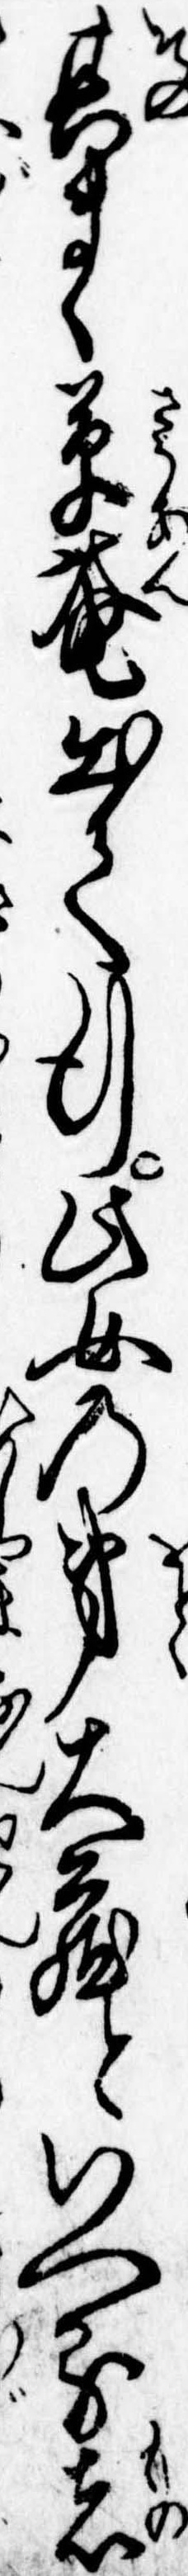
其まゝ草庵出て行此女の弟大蔵といへる者